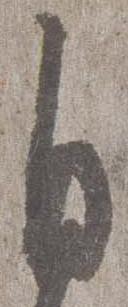
自